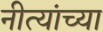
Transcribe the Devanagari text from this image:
नीत्यांच्या